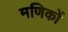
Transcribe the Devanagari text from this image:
मणिकों